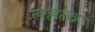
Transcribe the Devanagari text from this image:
तहत्व